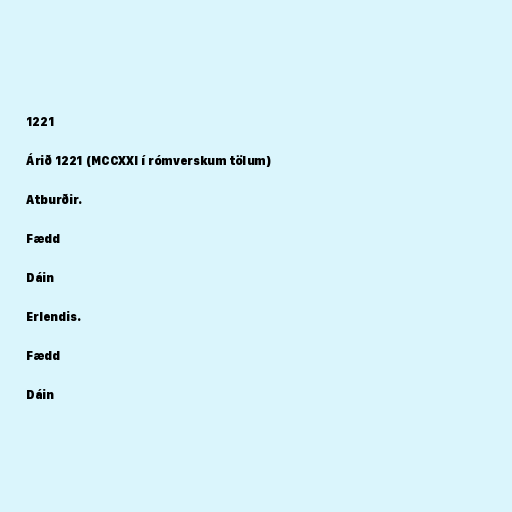
1221

Árið 1221 (MCCXXI í rómverskum tölum)

Atburðir.

Fædd

Dáin

Erlendis.

Fædd

Dáin